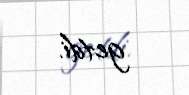
getdi.